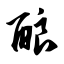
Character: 酿